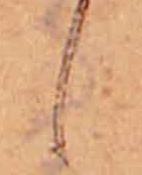
し